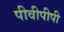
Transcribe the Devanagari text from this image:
पीवीपीपी